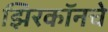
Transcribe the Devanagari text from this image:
झिरकॉनचे